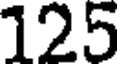
125